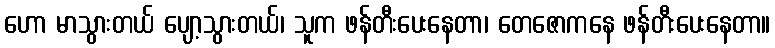
ဟော မာသွားတယ် ပျော့သွားတယ်၊ သူက ဖန်တီးပေးနေတာ၊ တေဇောကနေ ဖန်တီးပေးနေတာ။